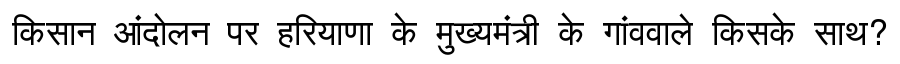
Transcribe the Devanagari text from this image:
किसान आंदोलन पर हरियाणा के मुख्यमंत्री के गांववाले किसके साथ?